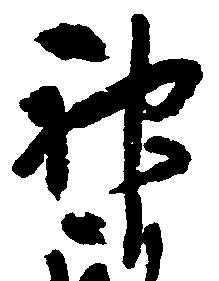
神